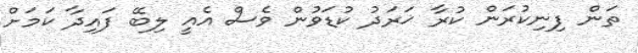
ތަން ފިނިކުރަން ކުރާ ޚަރަދު ކުޑަވުން ވެސް އެއީ ލިބޭ ފައިދާ ކަމަށް